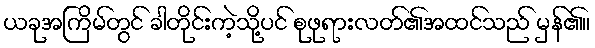
ယခုအကြိမ်တွင် ခါတိုင်းကဲ့သို့ပင် စုဖုရားလတ်၏အထင်သည် မှန်၏။